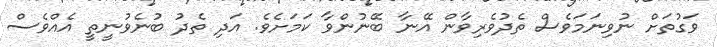
ވަގުތަށް ނުވިނަމަވެސް ތެދުވެރިވާން އޭނާ ބޭނުންވާ ކަމަށެވެ. އަދި ތެދު ބުނެވުނީތީ އެއްވެސް